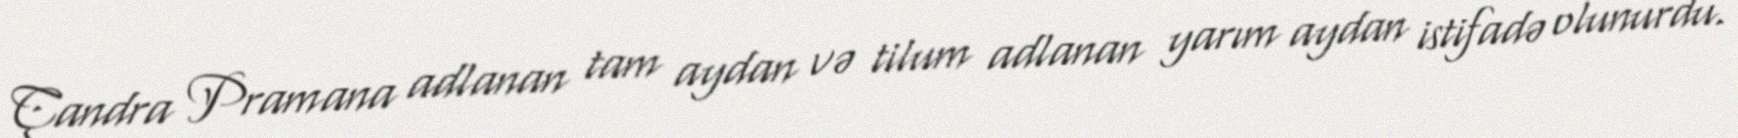
Çandra Pramana adlanan tam aydan və tilum adlanan yarım aydan istifadə olunurdu.